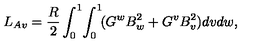
L _ { A v } = \frac { R } { 2 } \int _ { 0 } ^ { 1 } \! \int _ { 0 } ^ { 1 } \! ( G ^ { w } B _ { w } ^ { 2 } + G ^ { v } B _ { v } ^ { 2 } ) d v d w ,